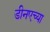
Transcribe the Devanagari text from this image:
डीनएच्या